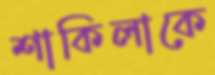
শাকিলাকে